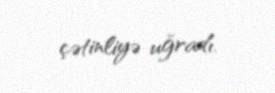
çətinliyə uğradı.